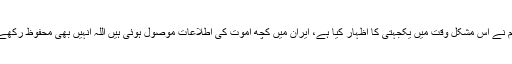
کورونا وائرس سے متعلق شاہ محمود قریشی نے کہا کہ چین سے ہم نے اس مشکل وقت میں یکجہتی کا اظہار کیا ہے، ایران میں کچھ اموت کی اطلاعات موصول ہوئی ہیں اللہ انہیں بھی محفوظ رکھے، پاکستان میں ابھی تک کرونا وائرس سے کوئی ہلاکت نہیں ہوئی۔